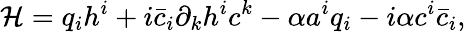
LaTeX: {\cal H}=q_{i}h^{i}+i\bar{c}_{i}\partial_{k}h^{i}c^{k}-\alpha a^{i}q_{i}-i\alpha c^{i}\bar{c}_{i},